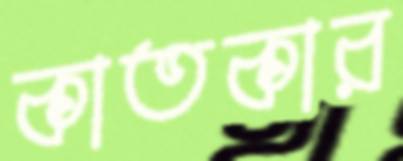
কাতকার